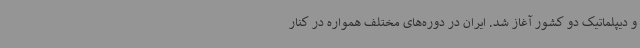
و دیپلماتیک دو کشور آغاز شد. ایران در دوره‌های مختلف همواره در کنار